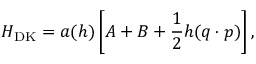
H _ { \mathrm { D K } } = a ( h ) \left[ A + B + \frac 1 2 h ( \boldsymbol { q } \cdot \boldsymbol { p } ) \right] ,